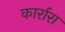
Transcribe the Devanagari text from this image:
कार्रारा